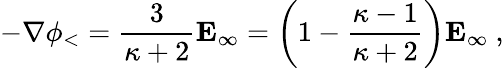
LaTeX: -\nabla\phi_{<}={\frac{3}{\kappa+2}}\mathbf{E}_{\infty}=\left(1-{\frac{\kappa-1}{\kappa+2}}\right)\mathbf{E}_{\infty}\ ,